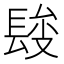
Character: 𨲄